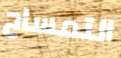
التمساح